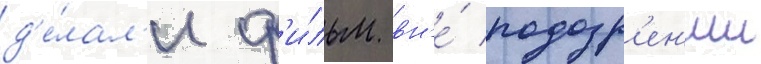
д'е́лал'и ф'и́льм вн'е́ подозр'ен'ии